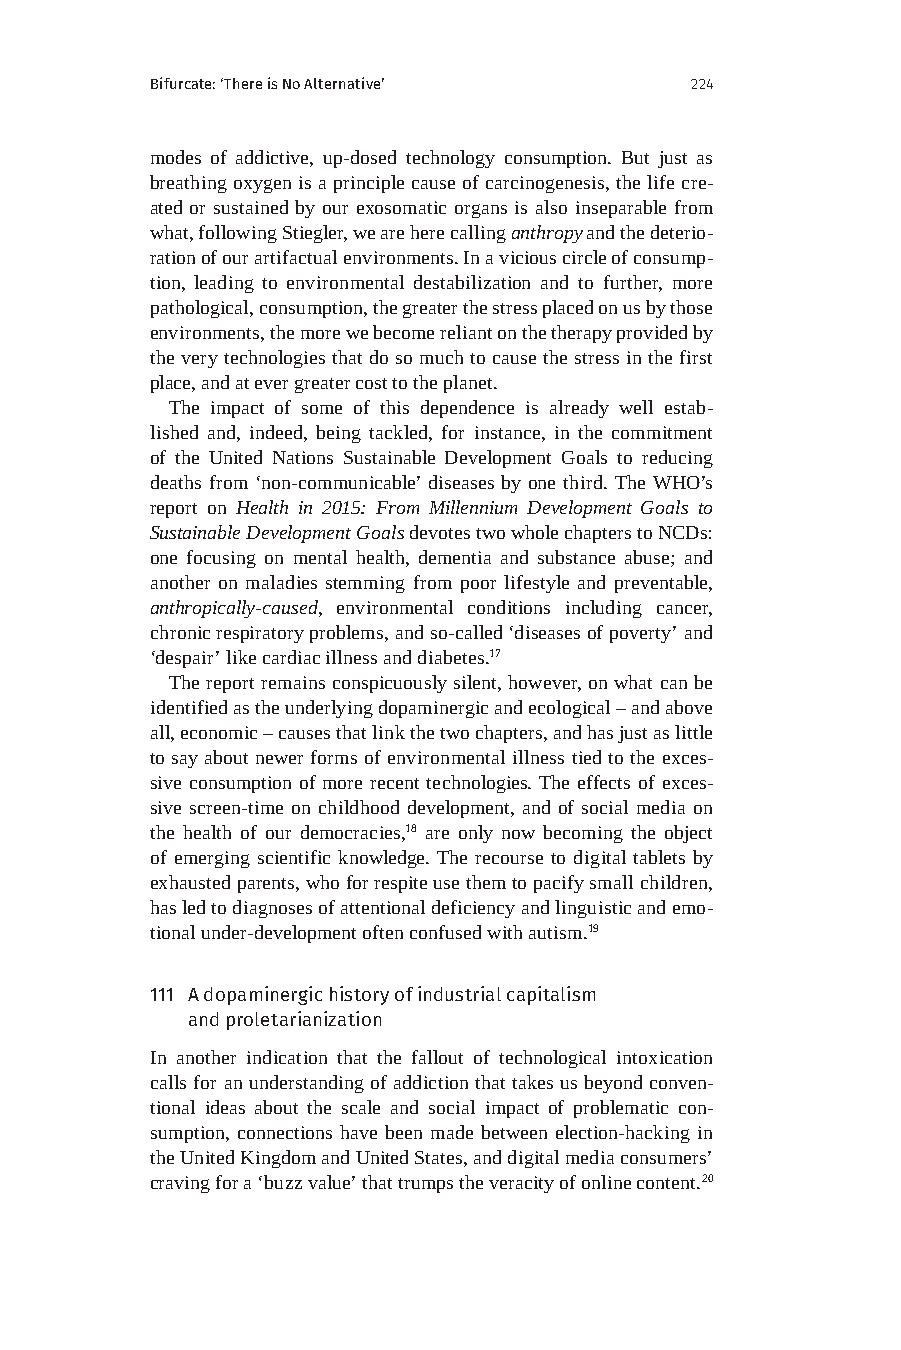
Bifurcate: ‘There is No Alternative’ 224
 modes of addictive, up-dosed technology consumption. But just as
 breathing oxygen is a principle cause of carcinogenesis, the life cre-
 ated or sustained by our exosomatic organs is also inseparable from
 what, following Stiegler, we are here calling anthropy and the deterio-
 ration of our artifactual environments. In a vicious circle of consump-
 tion, leading to environmental destabilization and to further, more
 pathological, consumption, the greater the stress placed on us by those
 environments, the more we become reliant on the therapy provided by
 the very technologies that do so much to cause the stress in the first
 place, and at ever greater cost to the planet.
 The impact of some of this dependence is already well estab-
 lished and, indeed, being tackled, for instance, in the commitment
 of the United Nations Sustainable Development Goals to reducing
 deaths from ‘non-communicable’ diseases by one third. The WHO’s
 report on Health in 2015: From Millennium Development Goals to
 Sustainable Development Goals devotes two whole chapters to NCDs:
 one focusing on mental health, dementia and substance abuse; and
 another on maladies stemming from poor lifestyle and preventable,
 anthropically-caused, environmental conditions including cancer,
 chronic respiratory problems, and so-called ‘diseases of poverty’ and
 ‘despair’ like cardiac illness and diabetes.17
 The report remains conspicuously silent, however, on what can be
 identified as the underlying dopaminergic and ecological – and above
 all, economic – causes that link the two chapters, and has just as little
 to say about newer forms of environmental illness tied to the exces-
 sive consumption of more recent technologies. The effects of exces-
 sive screen-time on childhood development, and of social media on
 the health of our democracies,18 are only now becoming the object
 of emerging scientific knowledge. The recourse to digital tablets by
 exhausted parents, who for respite use them to pacify small children,
 has led to diagnoses of attentional deficiency and linguistic and emo-
 tional under-development often confused with autism.19
 111 A dopaminergic history of industrial capitalism
 and proletarianization
 In another indication that the fallout of technological intoxication
 calls for an understanding of addiction that takes us beyond conven-
 tional ideas about the scale and social impact of problematic con-
 sumption, connections have been made between election-hacking in
 the United Kingdom and United States, and digital media consumers’
 craving for a ‘buzz value’ that trumps the veracity of online content.20